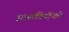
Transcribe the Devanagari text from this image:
सत्‍संगियोंको